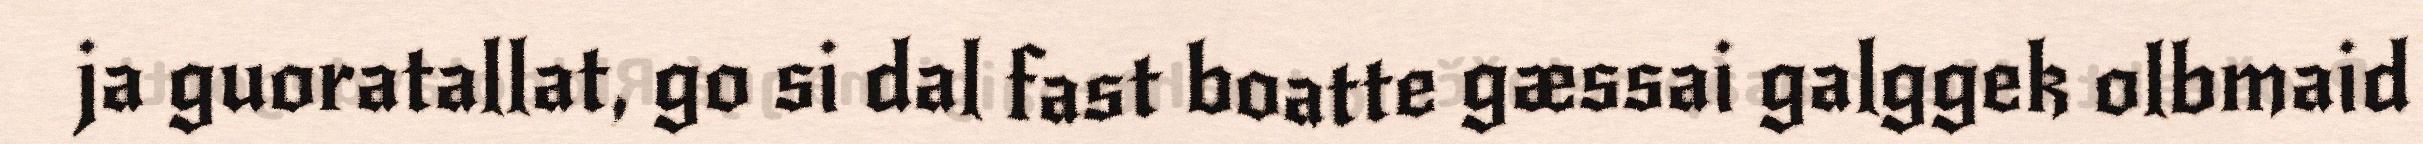
ja guoratallat, go si dal fast boatte gæssai galggek olbmaid